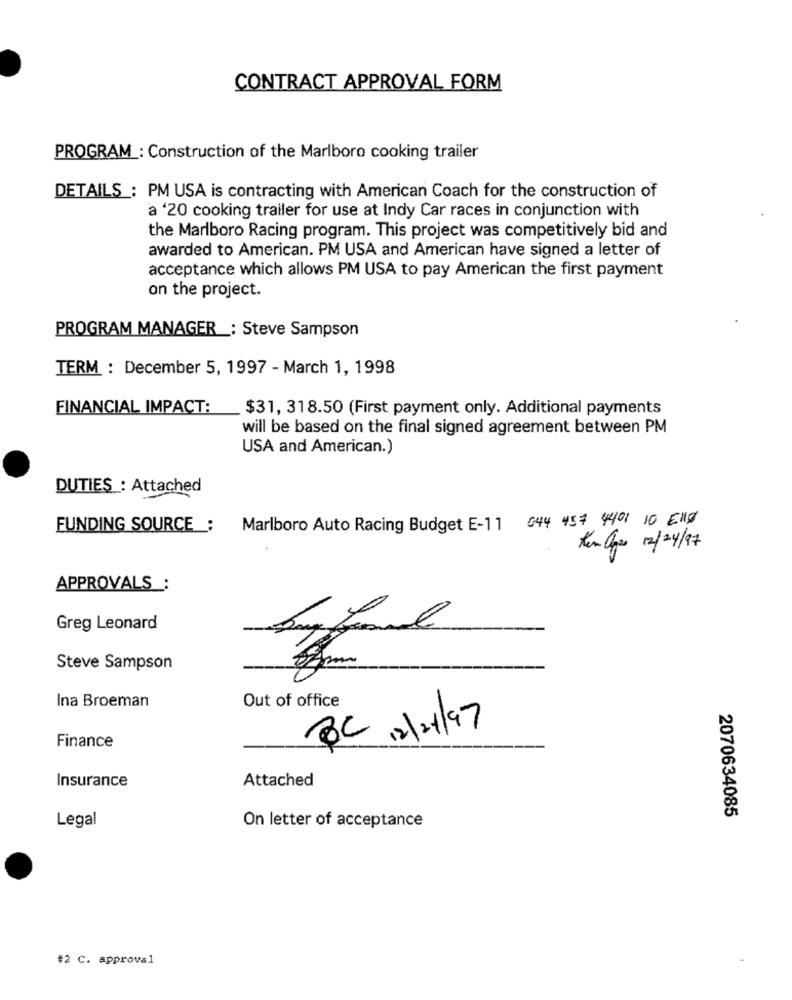
CONTRACT APPROVAL FORM
PROGRAM : Construction of the Marlboro cooking trailer
DETAILS : PM USA is contracting with American Coach for the construction of
a '20 cooking trailer for use at Indy Car races in conjunction with
the Marlboro Racing program. This project was competitively bid and
awarded to American. PM USA and American have signed a letter of
acceptance which allows PM USA to pay American the first payment
on the project.
PROGRAM MANAGER : Steve Sampson
TERM : December 5, 1997 - March 1, 1998
FINANCIAL IMPACT:
$31, 318.50 (First payment only. Additional payments
will be based on the final signed agreement between PM
USA and American.)
DUTIES : Attached
FUNDING SOURCE :
Marlboro Auto Racing Budget E-11 044 457 401 10 El18
Men ager 12/24/97
APPROVALS :
Greg Leonard
Steve Sampson
Out of office
Ina Broeman
BC 12/2/97
Finance
Insurance
Attached
2070634085
Legal
On letter of acceptance
#2 C. approval